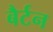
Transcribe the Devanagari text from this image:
बैर्टन